Indian journal of veterinary science and animal husbandry - Volume 14,
Year: 1944
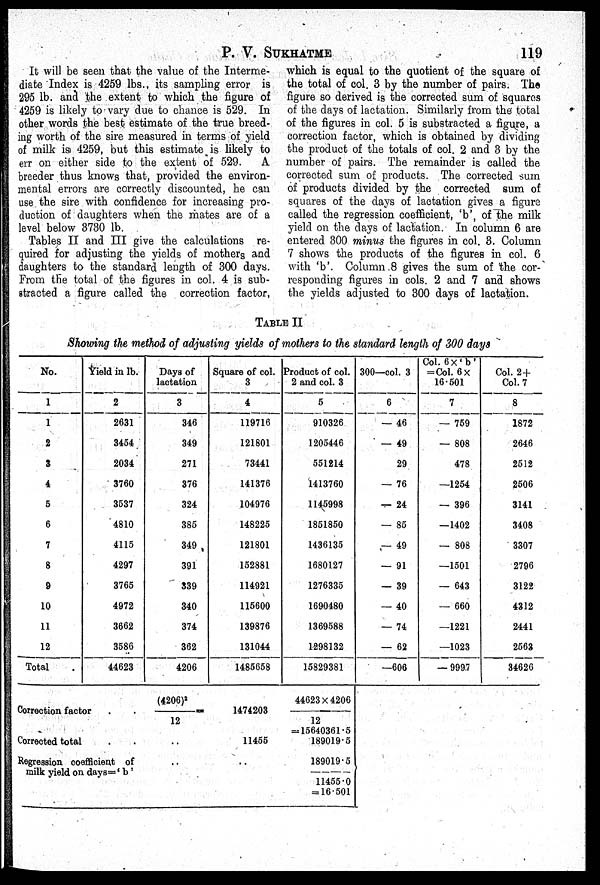
P. V. SUKHATME
119
It will be seen that the value of the Interme-
diate Index is 4259 lbs., its sampling error is
295 lb. and the extent to which the figure of
4259 is likely to vary due to chance is 529. In
other words the best estimate of the true breed-
ing worth of the sire measured in terms of yield
of milk is 4259, but this estimate is likely to
err on either side to the extent of 529.
A
breeder thus knows that, provided the environ-
mental errors are correctly discounted, he can
use the sire with confidence for increasing pro-
duction of daughters when the mates are of a
level below 3730 lb.
Tables II and III give the calculations re-
quired for adjusting the yields of mothers and
daughters to the standard length of 300 days.
From the total of the figures in col. 4 is sub-
stracted a figure called the correction factor,
which is equal to the quotient of the square of
the total of col. 3 by the number of pairs. The
figure so derived is the corrected sum of squares
of the days of lactation. Similarly from the total
of the figures in col. 5 is substracted a figure, a
correction factor, which is obtained by dividing
the product of the totals of col. 2 and 3 by the
number of pairs. The remainder is called the
corrected sum of products. The corrected sum
of products divided by the corrected sum of
squares of the days of lactation gives a figure
called the regression coefficient, 'b', of the milk
yield on the days of lactation. In column 6 are
entered 300 minus the figures in col. 3. Column
7 shows the products of the figures in col. 6
with 'b'. Column 8 gives the sum of the cor-
responding figures in cols. 2 and 7 and shows
the yields adjusted to 300 days of lactation.
TABLE II
Showing the method of adjusting yields of mothers to the standard length of 300 days
No.
1
1
2
3
4
5
6
7
8
9
10
11
12
Total
Yield in lb.
2
2631
3454
2034
3760
3537
4810
4115
4297
3765
4972
3662
3586
44623
Days of
lactation
3
346
349
271
376
324
385
349
391
339
340
374
362
4206
Square of col.
3
4
119716
121801
73441
141376
104976
148225
121801
152881
114921
115600
139876
131044
1485658
Product of col.
2 and col. 3
5
910326
1205446
551214
1413760
1145998
1851850
1436135
1680127
1276335
1690480
1369588
1298132
15829381
300—col. 3
6
— 46
— 49
29
— 76
— 24
— 85
— 49
— 91
— 39
— 40
— 74
— 62
—606
Col. 6×'b'
= Col. 6×
16.501
7
— 759
— 808
478
—1254
— 396
— 1402
— 808
—1501
— 643
— 660
—1221
—1023
— 9997
Col. 2 +
Col. 7
8
1872
2646
2512
2506
3141
3408
3307
2796
3122
4312
2441
2563
34626
Correction factor . .
Corrected total
Regression coefficient of
milk yield on days='b'
(4206) 2 / 12 =
..
. .
1474203
11455
. .
44623 × 4206/
12
= 15640361.5
189019.5
189019.5/
11455.0
= 16.501